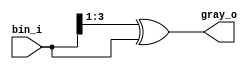
module bin2gray#(
  parameter   DATA_WIDTH = 4
)(
  input  wire   [DATA_WIDTH-1:0]  bin_i,
  output wire   [DATA_WIDTH-1:0]  gray_o
);
  assign gray_o = {bin_i >> 1} ^ bin_i;
endmodule